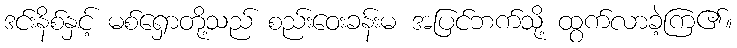
ဒင်းနိစ်နှင့် မစ်ရှောတို့သည် စည်းဝေးခန်းမ အပြင်ဘက်သို့ ထွက်လာခဲ့ကြ၏။